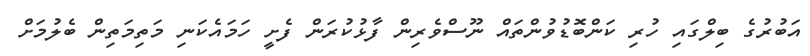
އަބުރުގެ ބިލްގައި ހުރި ކަންބޮޑުވުންތައް ނޫސްވެރިން ފާޅުކުރަން ފެށީ ހަމައެކަނި މަތިމަތިން ބެލުމަށް